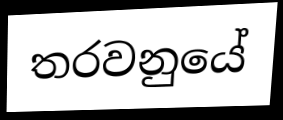
තරවනුයේ